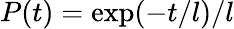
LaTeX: P(t)=\exp(-t/l)/l